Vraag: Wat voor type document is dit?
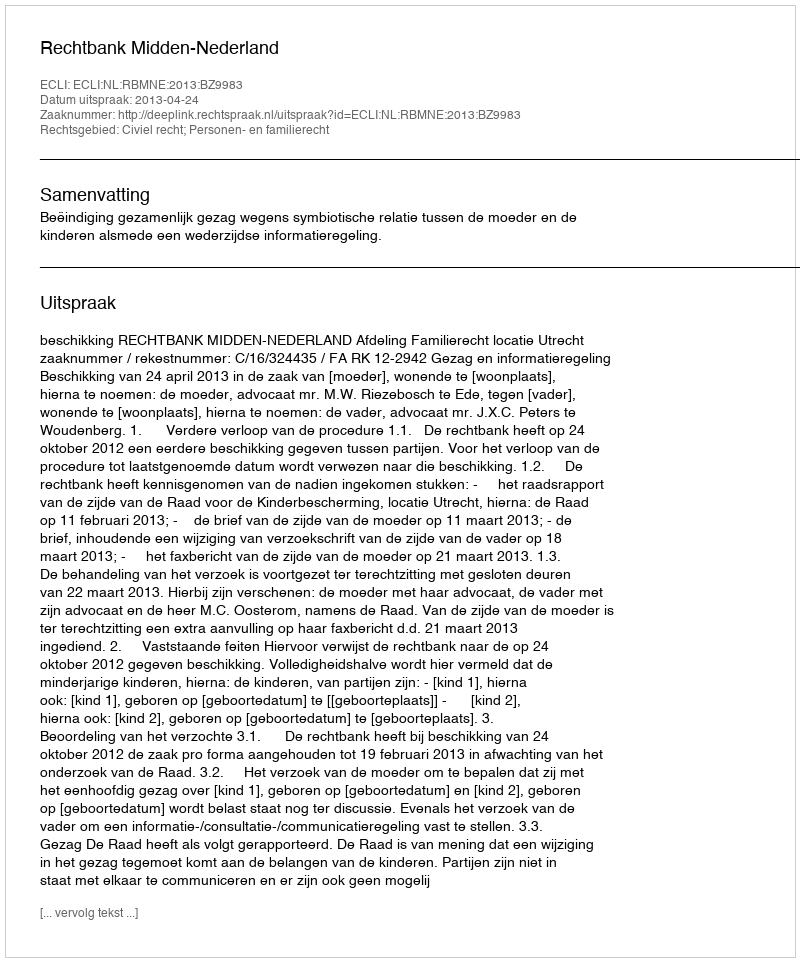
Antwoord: Uitspraak